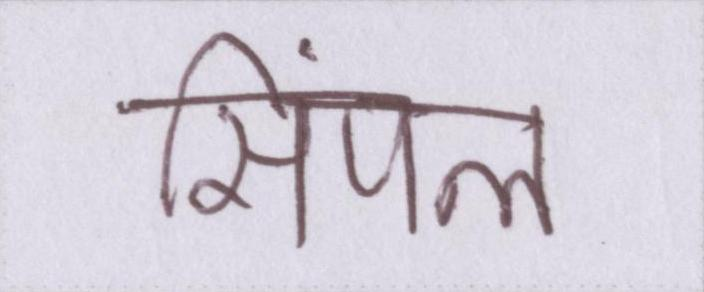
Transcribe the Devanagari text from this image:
सिंपल